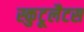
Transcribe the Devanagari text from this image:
स्कुटूलैटस